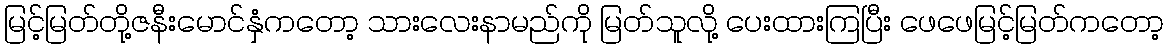
မြင့်မြတ်တို့ဇနီးမောင်နှံကတော့ သားလေးနာမည်ကို မြတ်သူလို့ ပေးထားကြပြီး ဖေဖေမြင့်မြတ်ကတော့